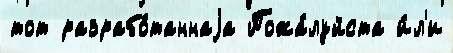
тот разрабо́таннаjа Пожа́луйста и́л'и